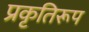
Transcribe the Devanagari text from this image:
प्रकृतिरूप